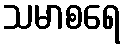
သမာစရေ